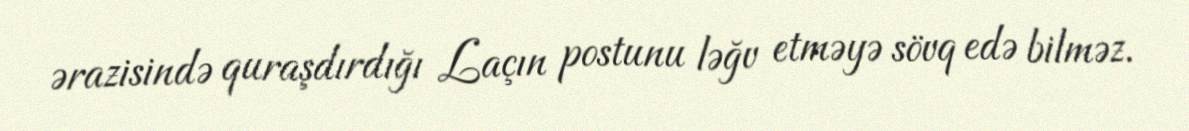
ərazisində quraşdırdığı Laçın postunu ləğv etməyə sövq edə bilməz.